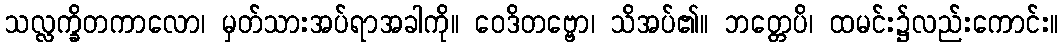
သလ္လက္ခိတကာလော၊ မှတ်သားအပ်ရာအခါကို။ ဝေဒိတဗ္ဗော၊ သိအပ်၏။ ဘတ္တေပိ၊ ထမင်း၌လည်းကောင်း။